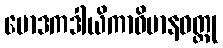
မောဒကဒါယိကာဝိမာနဝတ္ထု